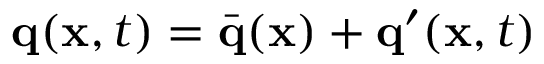
\mathbf { q } ( \mathbf { x } , t ) = \Bar { \mathbf { q } } ( \mathbf { x } ) + \mathbf { q } ^ { \prime } ( \mathbf { x } , t )